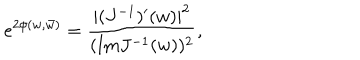
e ^ { 2 \phi ( w , \bar { w } ) } = { \frac { | ( J ^ { - 1 } ) ^ { \prime } ( w ) | ^ { 2 } } { ( \mathrm { I m } J ^ { - 1 } ( w ) ) ^ { 2 } } } ,